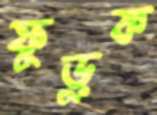
ফুড়ুক